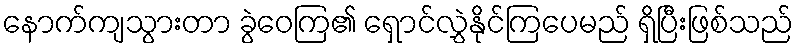
နောက်ကျသွားတာ ခွဲဝေကြ၏ ရှောင်လွှဲနိုင်ကြပေမည် ရှိပြီးဖြစ်သည်